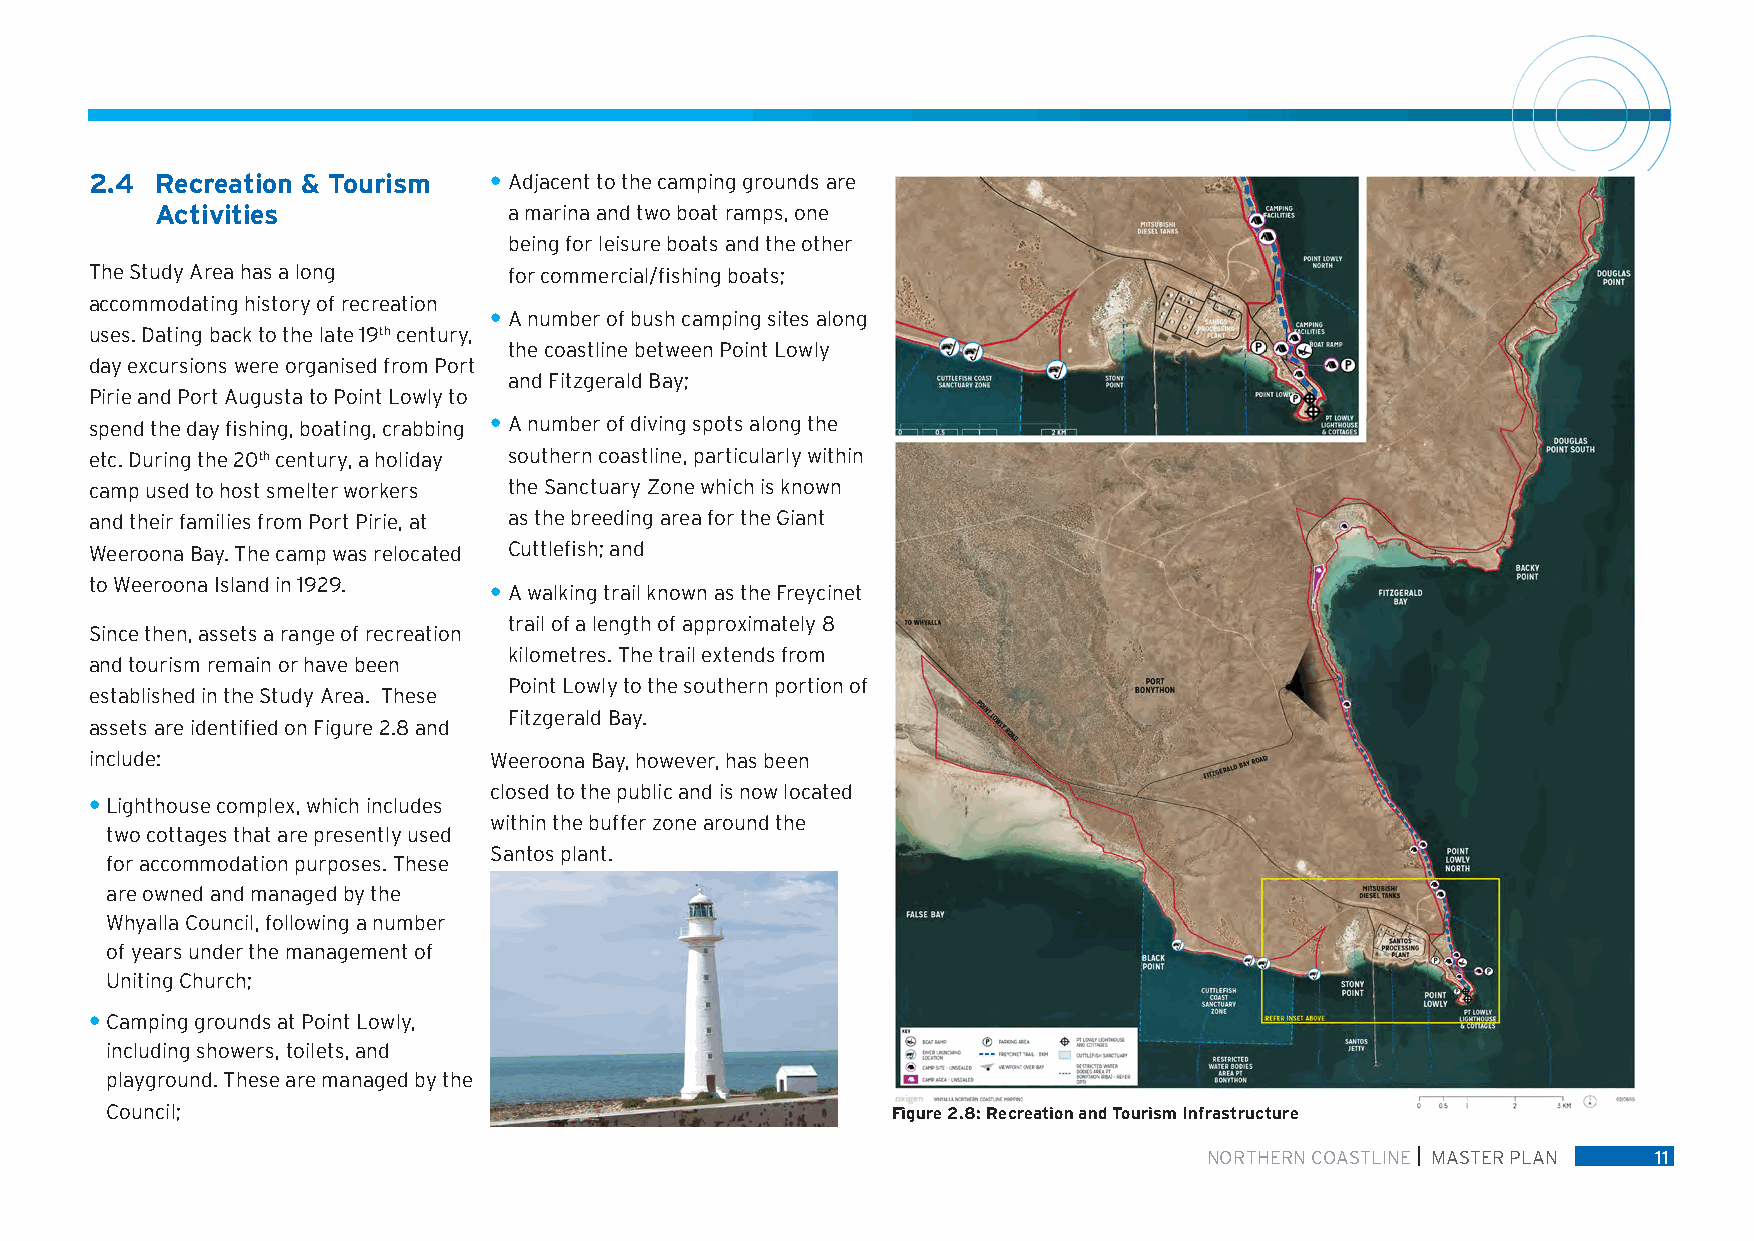
2.4 Recreation & Tourism  • Adjacent to the camping grounds are
 Activities              a marina and two boat ramps, one
 being for leisure boats and the other
 The Study Area has a long   for commercial/fishing boats;
 accommodating history of recreation
 • A number of bush camping sites along
 uses. Dating back to the late 19th century,
 the coastline between Point Lowly
 day excursions were organised from Port
 and Fitzgerald Bay;
 Pirie and Port Augusta to Point Lowly to
 spend the day fishing, boating, crabbing • A number of diving spots along the
 etc. During the 20th century, a holiday southern coastline, particularly within
 camp used to host smelter workers the Sanctuary Zone which is known
 and their families from Port Pirie, at as the breeding area for the Giant
 Weeroona Bay. The camp was relocated Cuttlefish; and
 to Weeroona Island in 1929. • A walking trail known as the Freycinet
 trail of a length of approximately 8
 Since then, assets a range of recreation
 kilometres. The trail extends from
 and tourism remain or have been
 Point Lowly to the southern portion of
 established in the Study Area. These
 Fitzgerald Bay.
 assets are identified on Figure 2.8 and
 include:                  Weeroona Bay, however, has been
 closed to the public and is now located
 • Lighthouse complex, which includes
 within the buffer zone around the
 two cottages that are presently used
 Santos plant.
 for accommodation purposes. These
 are owned and managed by the
 Whyalla Council, following a number
 of years under the management of
 Uniting Church;
 • Camping grounds at Point Lowly,
 including showers, toilets, and
 playground. These are managed by the
 Council;                                            Figure 2.8: Recreation and Tourism Infrastructure
 NORTHERN COASTLINE MASTER PLAN 11